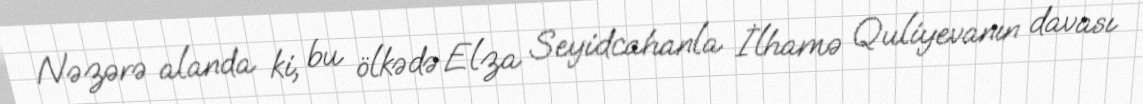
Nəzərə alanda ki, bu ölkədə Elza Seyidcahanla İlhamə Quliyevanın davası